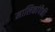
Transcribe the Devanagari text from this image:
मालिकांपैकी